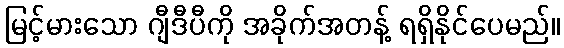
မြင့်မားသော ဂျီဒီပီကို အခိုက်အတန့် ရရှိနိုင်ပေမည်။